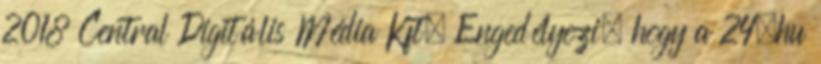
2018 Central Digitális Média Kft. Engedélyezi, hogy a 24.hu